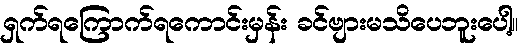
ရှက်ရကြောက်ရကောင်းမှန်း ခင်ဗျားမသိပေဘူးပေါ့။